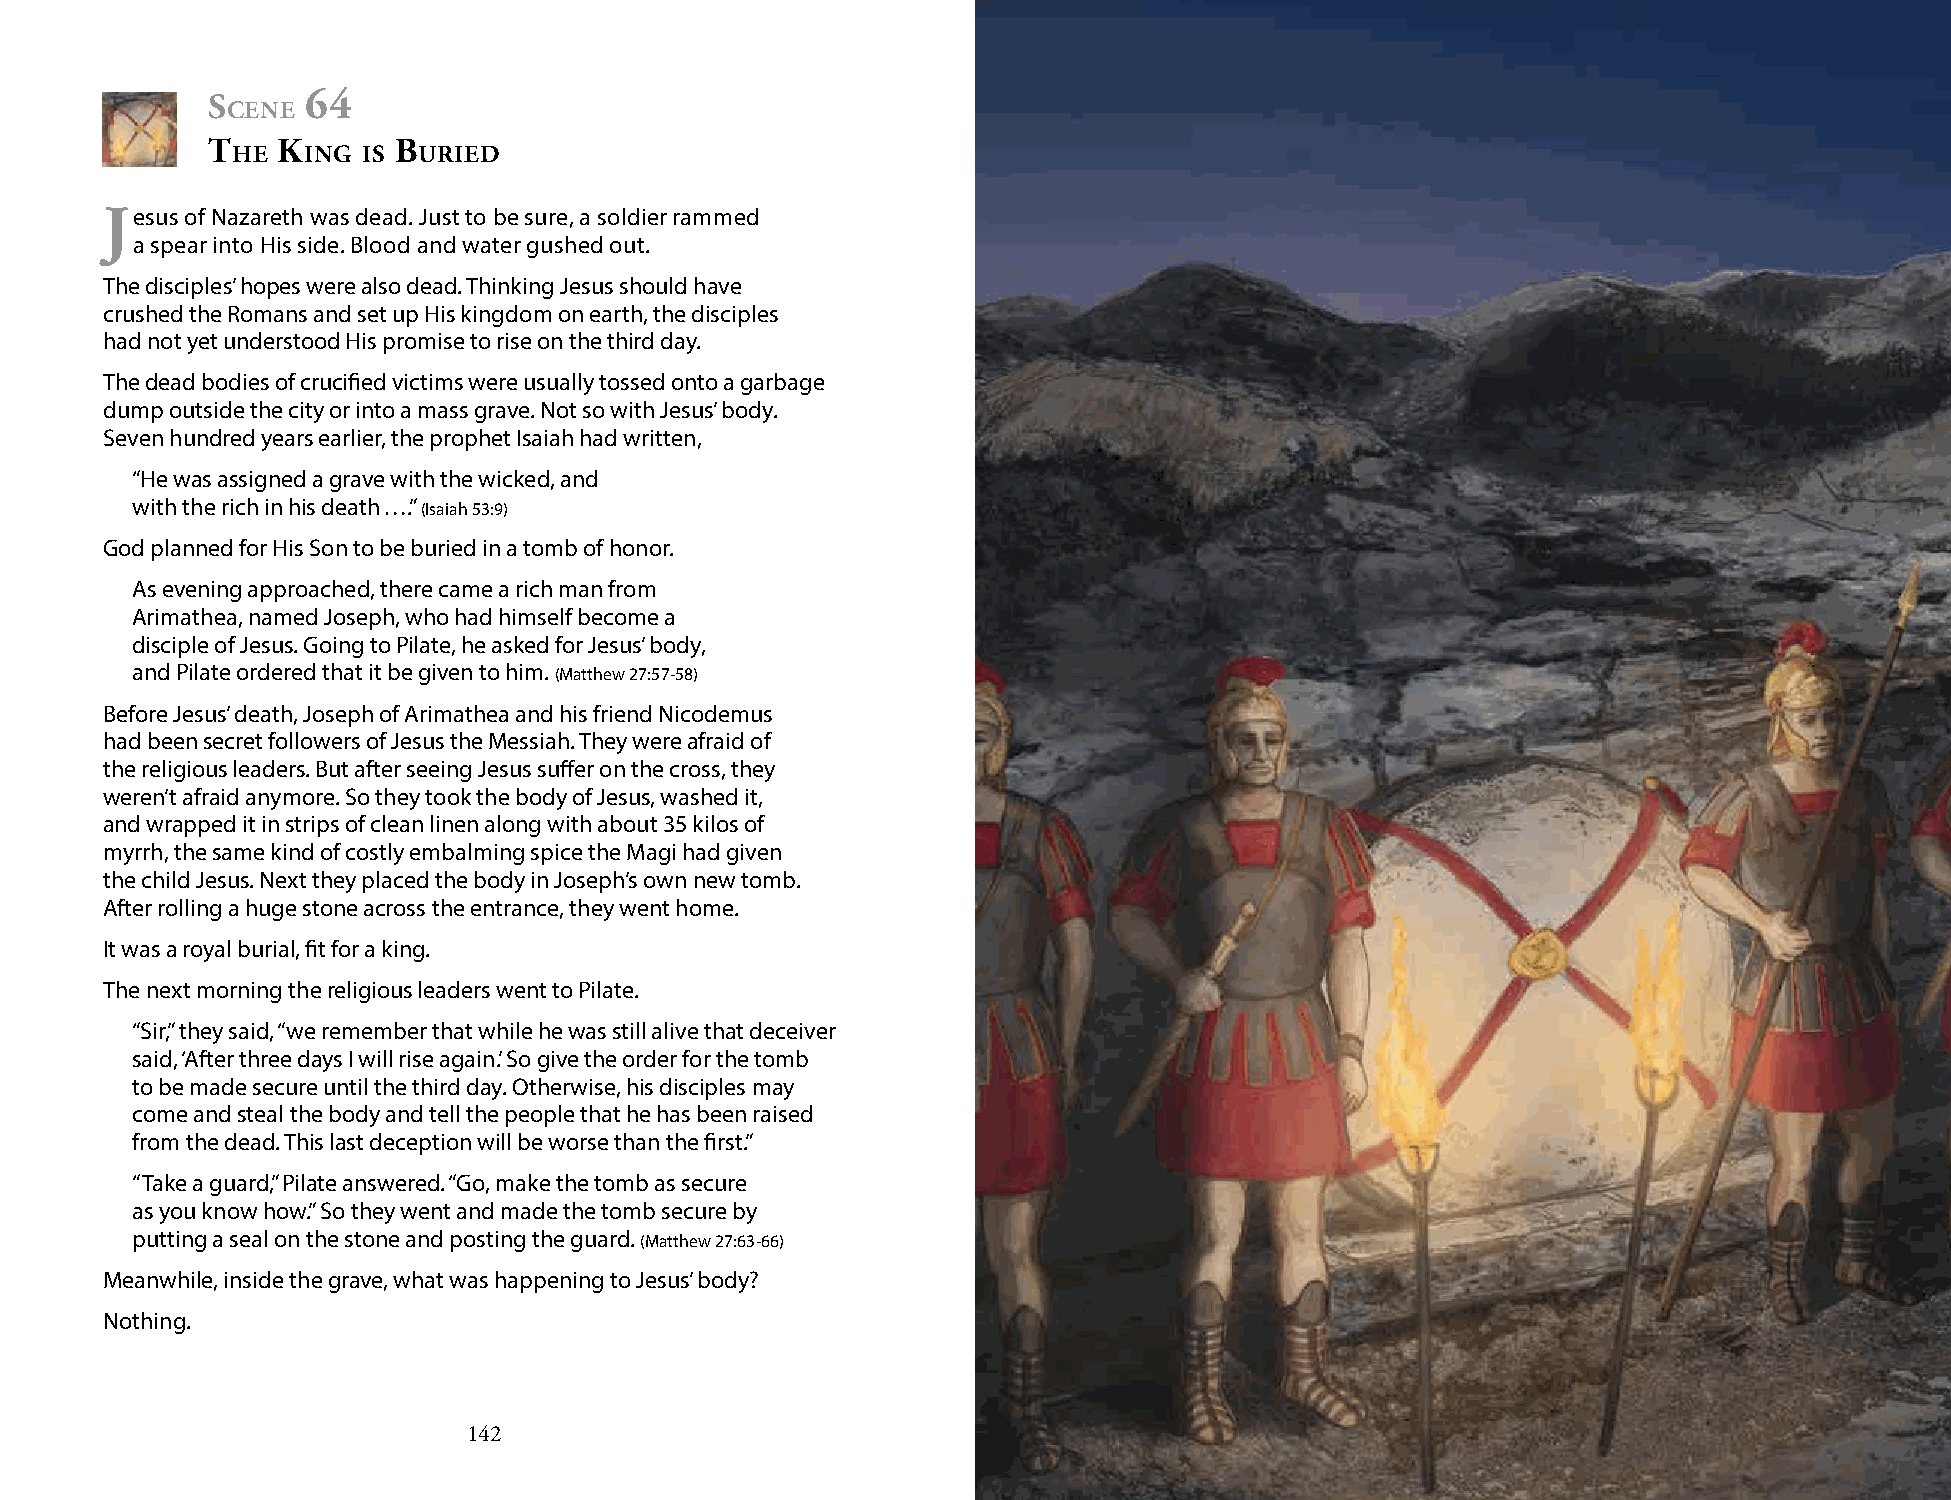
s     64
 cene
 t   K       b
 he   ing is  uried
 jesus of Nazareth was dead. Just to be sure, a soldier rammed
 a spear into His side. Blood and water gushed out.
 The disciples’ hopes were also dead. Thinking Jesus should have
 crushed the Romans and set up His kingdom on earth, the disciples
 had not yet understood His promise to rise on the third day.
 The dead bodies of crucified victims were usually tossed onto a garbage
 dump outside the city or into a mass grave. Not so with Jesus’ body.
 Seven hundred years earlier, the prophet Isaiah had written,
 “He was assigned a grave with the wicked, and
 with the rich in his death ….” (Isaiah 53:9)
 God planned for His Son to be buried in a tomb of honor.
 As evening approached, there came a rich man from
 Arimathea, named Joseph, who had himself become a
 disciple of Jesus. Going to Pilate, he asked for Jesus’ body,
 and Pilate ordered that it be given to him. (Matthew 27:57-58)
 Before Jesus’ death, Joseph of Arimathea and his friend Nicodemus
 had been secret followers of Jesus the Messiah. They were afraid of
 the religious leaders. But after seeing Jesus suffer on the cross, they
 weren’t afraid anymore. So they took the body of Jesus, washed it,
 and wrapped it in strips of clean linen along with about 35 kilos of
 myrrh, the same kind of costly embalming spice the Magi had given
 the child Jesus. Next they placed the body in Joseph’s own new tomb.
 After rolling a huge stone across the entrance, they went home.
 It was a royal burial, fit for a king.
 The next morning the religious leaders went to Pilate.
 “Sir,” they said, “we remember that while he was still alive that deceiver
 said, ‘After three days I will rise again.’ So give the order for the tomb
 to be made secure until the third day. Otherwise, his disciples may
 come and steal the body and tell the people that he has been raised
 from the dead. This last deception will be worse than the first.”
 “Take a guard,” Pilate answered. “Go, make the tomb as secure
 as you know how.” So they went and made the tomb secure by
 putting a seal on the stone and posting the guard. (Matthew 27:63-66)
 Meanwhile, inside the grave, what was happening to Jesus’ body?
 Nothing.
 142